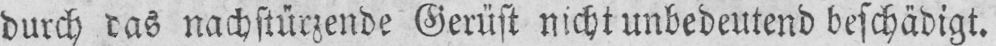
durch das nachstürzende Gerüst nicht unbedeutend beschädigt.